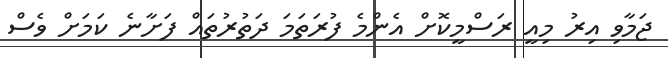
ޖަމާވި އިރު މިއީ ރަސްމީކޮށް އެންމެ ފުރަތަމަ ދަތުރުތައް ފަށާނެ ކަމަށް ވެސް